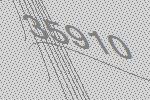
35910